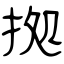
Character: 拠